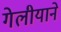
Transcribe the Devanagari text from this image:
गेलीयाने